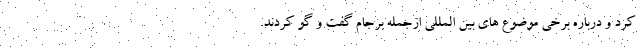
کرد و درباره برخی موضوع های بین المللی ازجمله برجام گفت و گو کردند.